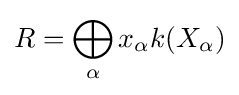
R=\bigoplus _{\alpha }x_{\alpha }k(X_{\alpha })